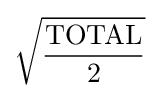
{\sqrt {\frac {\text{TOTAL}}{2}}}